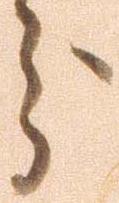
分